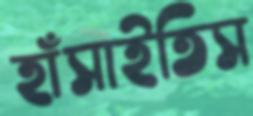
হাঁসাইতিস